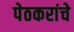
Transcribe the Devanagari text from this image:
पेठकरांचे